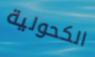
الكحولية